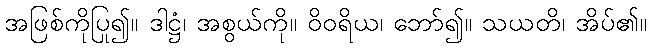
အဖြစ်ကိုပြု၍။ ဒါဋ္ဌံ၊ အစွယ်ကို။ ဝိဝရိယ၊ ဘော်၍။ သယတိ၊ အိပ်၏။